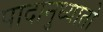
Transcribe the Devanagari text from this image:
पादानुध्यातो